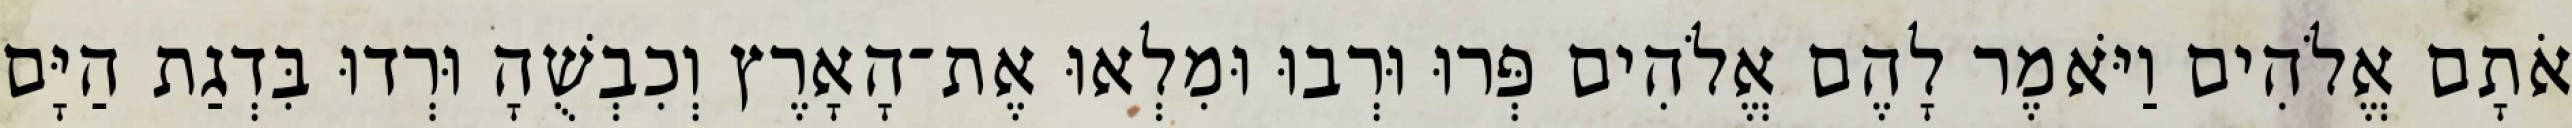
אֹתָם אֱלֹהִים וַיֹּאמֶר לָהֶם אֱלֹהִים פְּרוּ וּרְבוּ וּמִלְאוּ אֶת־הָאָרֶץ וְכִבְשֻׁהָ וּרְדוּ בִּדְגַת הַיָּם